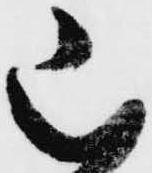
山